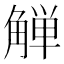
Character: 觯